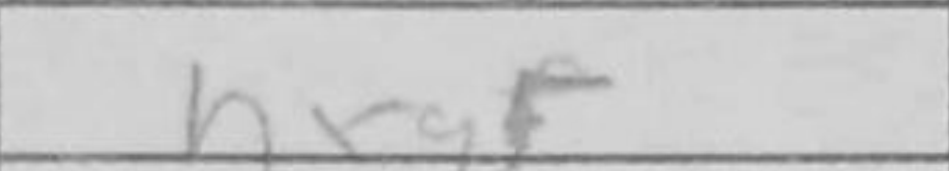
Transcription: hxg5